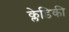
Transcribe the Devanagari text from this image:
क्लेडिकी